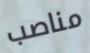
مناصب